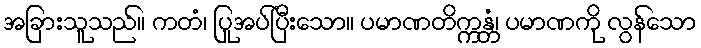
အခြားသူသည်။ ကတံ၊ ပြုအပ်ပြီးသော။ ပမာဏတိက္ကန္တံ၊ ပမာဏကို လွန်သော